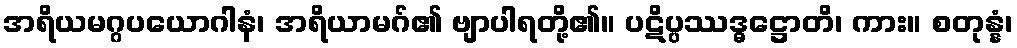
အရိယမဂ္ဂပယောဂါနံ၊ အရိယာမဂ်၏ ဗျာပါရတို့၏။ ပဋိပ္ပဿဒ္ဓဋ္ဌောတိ၊ ကား။ စတုန္နံ၊